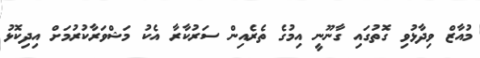
މުއާޒް ވިދާޅުވި ގޮތުގައި ގާނޫނީ އިމުގެ ތެރެއިން ސަރުކާރާ އެކު މަޝްވަރާކުރުމަށް އިދިކޮޅު